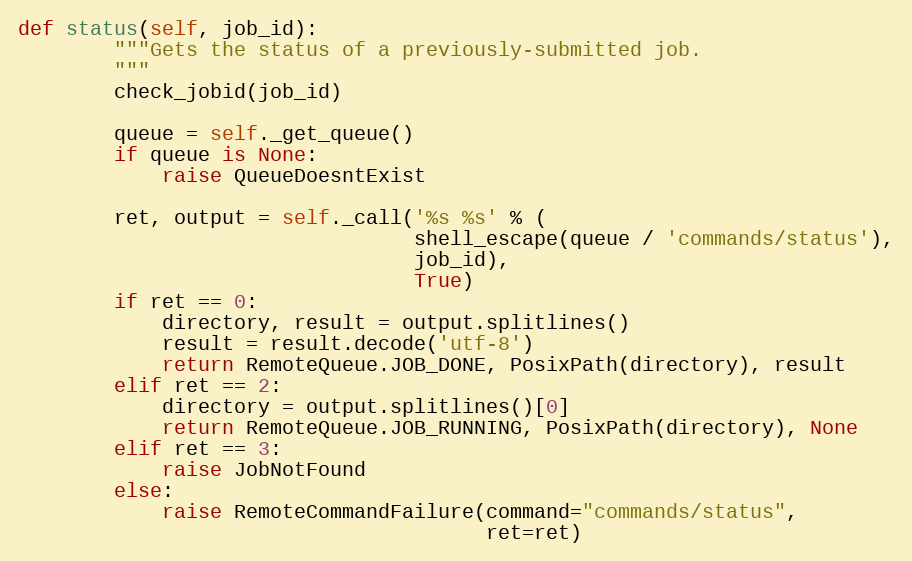
Language: Python
def status(self, job_id):
        """Gets the status of a previously-submitted job.
        """
        check_jobid(job_id)

        queue = self._get_queue()
        if queue is None:
            raise QueueDoesntExist

        ret, output = self._call('%s %s' % (
                                 shell_escape(queue / 'commands/status'),
                                 job_id),
                                 True)
        if ret == 0:
            directory, result = output.splitlines()
            result = result.decode('utf-8')
            return RemoteQueue.JOB_DONE, PosixPath(directory), result
        elif ret == 2:
            directory = output.splitlines()[0]
            return RemoteQueue.JOB_RUNNING, PosixPath(directory), None
        elif ret == 3:
            raise JobNotFound
        else:
            raise RemoteCommandFailure(command="commands/status",
                                       ret=ret)